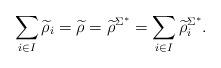
LaTeX: \begin{align*}\sum_{i\in I} \widetilde{\rho}_i=\widetilde{\rho}=\widetilde{\rho}^{\Sigma^*}=\sum_{i\in I} {\widetilde{\rho}_i}^{\Sigma^*}.\end{align*}